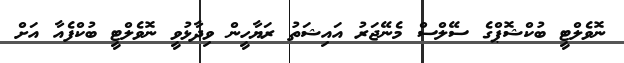
ނޮވެލްޓީ ބުކްޝޮޕްގެ ސޭލްސް މެނޭޖަރު އައިޝަތު ރަޔާހީން ވިދާޅުވީ ނޮވެލްޓީ ބުކްފެއާ އަށް